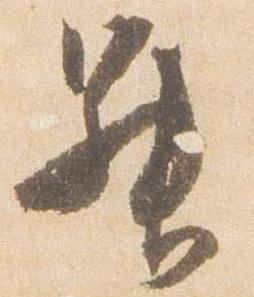
昇